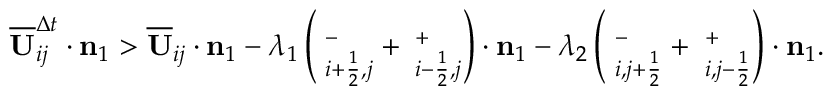
\begin{array} { r } { \overline { { \mathbf { U } } } _ { i j } ^ { \Delta t } \cdot \mathbf { n } _ { 1 } > \overline { { \mathbf { U } } } _ { i j } \cdot { \bf n } _ { 1 } - \lambda _ { 1 } \left( { \bf \Pi } _ { i + \frac { 1 } { 2 } , j } ^ { - } + { \bf \Pi } _ { i - \frac { 1 } { 2 } , j } ^ { + } \right) \cdot { \bf n } _ { 1 } - \lambda _ { 2 } \left( { \bf \Pi } _ { i , j + \frac { 1 } { 2 } } ^ { - } + { \bf \Pi } _ { i , j - \frac { 1 } { 2 } } ^ { + } \right) \cdot { \bf n } _ { 1 } . } \end{array}